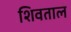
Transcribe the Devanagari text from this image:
शिवताल